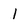
Character: 1